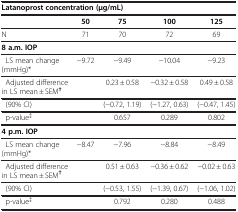
| <COLSPAN=5> Latanoprost concentration (μg/mL) |
 | --- | --- | --- | --- | --- |
 |  | 50 | 75 | 100 | 125 |
 | N | 71 | 70 | 72 | 69 |
 | <COLSPAN=5> 8 a.m. IOP |
 | LS mean change (mmHg)* | −9.72 | −9.49 | −10.04 | −9.23 |
 | Adjusted difference in LS mean ± SEM† |  | 0.23 ± 0.58 | −0.32 ± 0.58 | 0.49 ± 0.58 |
 | (90% CI) |  | (−0.72, 1.19) | (−1.27, 0.63) | (−0.47, 1.45) |
 | p-value‡ |  | 0.657 | 0.289 | 0.802 |
 | <COLSPAN=5> 4 p.m. IOP |
 | LS mean change (mmHg)* | −8.47 | −7.96 | −8.84 | −8.49 |
 | Adjusted difference in LS mean ± SEM† |  | 0.51 ± 0.63 | −0.36 ± 0.62 | −0.02 ± 0.63 |
 | (90% CI) |  | (−0.53, 1.55) | (−1.39, 0.67) | (−1.06, 1.02) |
 | p-value‡ |  | 0.792 | 0.280 | 0.488 |